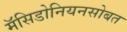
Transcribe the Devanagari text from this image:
मॅसिडोनियनसोबत